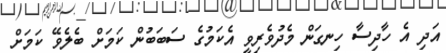
އަދި އެ ހާދިސާ ހިނގަން މެދުވެރިވީ އެކަމުގެ ސަބަބުން ކަމަށް ބެލެވޭ ކަމަށް